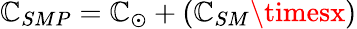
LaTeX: \mathbb{C}_{SMP}=\mathbb{C}_{\odot}+\left(\mathbb{C}_{SM}\timesx\right)